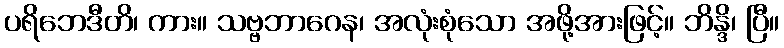
ပရိဘေဒီတိ၊ ကား။ သဗ္ဗဘာဂေန၊ အလုံးစုံသော အဖို့အားဖြင့်။ ဘိန္ဒိ၊ ပြီ။